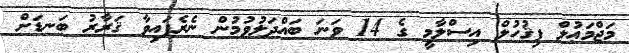
މަޖްމަޢުލް ފިޤުހުލް އިސްލާމީ ގެ 14 ވަނަ ބައްދަލުވުމުން ނެރެފައިވާ ޤަރާރު ބަނޑަށް